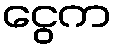
ငွေက